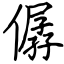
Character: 僝